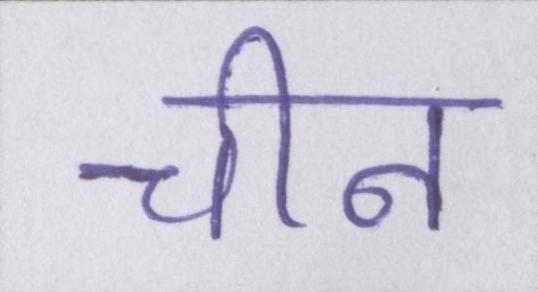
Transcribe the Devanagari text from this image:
चीन